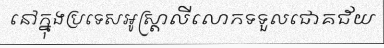
នៅក្នុងប្រទេសអូស្ត្រាលីលោកទទួលជោគជ័យ